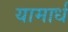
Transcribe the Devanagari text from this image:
यामार्ध